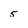
Character: 5